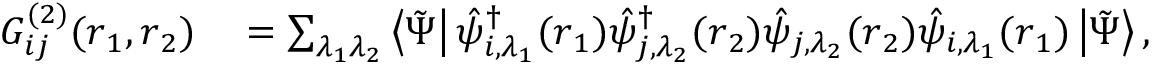
\begin{array} { r l } { G _ { i j } ^ { ( 2 ) } ( \boldsymbol { r } _ { 1 } , \boldsymbol { r } _ { 2 } ) } & { { } = \sum _ { \lambda _ { 1 } \lambda _ { 2 } } \left\langle \tilde { \Psi } \right| \hat { \psi } _ { i , \lambda _ { 1 } } ^ { \dagger } ( \boldsymbol { r } _ { 1 } ) \hat { \psi } _ { j , \lambda _ { 2 } } ^ { \dagger } ( \boldsymbol { r } _ { 2 } ) \hat { \psi } _ { j , \lambda _ { 2 } } ( \boldsymbol { r } _ { 2 } ) \hat { \psi } _ { i , \lambda _ { 1 } } ( \boldsymbol { r } _ { 1 } ) \left| \tilde { \Psi } \right\rangle , } \end{array}